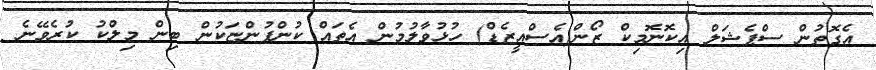
އެގޮތުން ސްޕެޝަލް އިކޮނޮމިކް ޒޯން(އެސްއީޒެޑް) ހުޅުވާލުމުން އެތައް ކުންފުންޏަކުން ބިން މިލްކު ކުރެވޭނެ